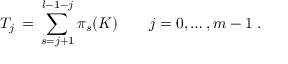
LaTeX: T _ { j } \, = \, \sum _ { s = j + 1 } ^ { l - 1 - j } \pi _ { s } ( K ) \qquad j = 0 , \ldots , m - 1 \; .